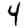
Digit: 4